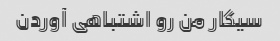
سیگار من رو اشتباهی آوردن